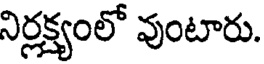
నిర్లక్ష్యంలో వుంటారు.